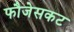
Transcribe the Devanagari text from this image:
फौजेसकट